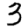
Digit: 3